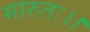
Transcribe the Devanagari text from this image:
मारुतः।।